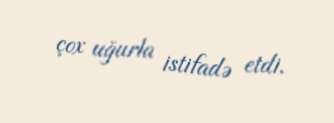
çox uğurla istifadə etdi.